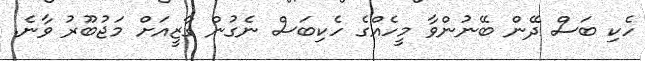
ހެކި ބަސް ދޭން ބޭނުންވާ މީހެއްގެ ހެކިބަސް ނެގުން ގާޒީއަށް މަޖުބޫރު ވާނެ.